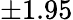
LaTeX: \pm 1.95